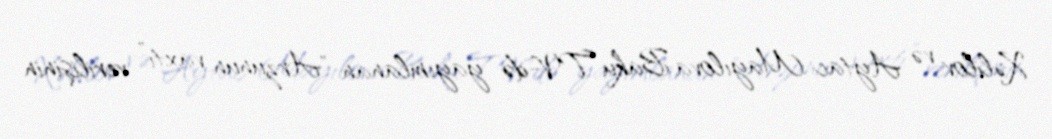
Xəlilov və Aytac Mayılova Baku TV-də yayımlanan "Arzunun vaxtı” verilişinin